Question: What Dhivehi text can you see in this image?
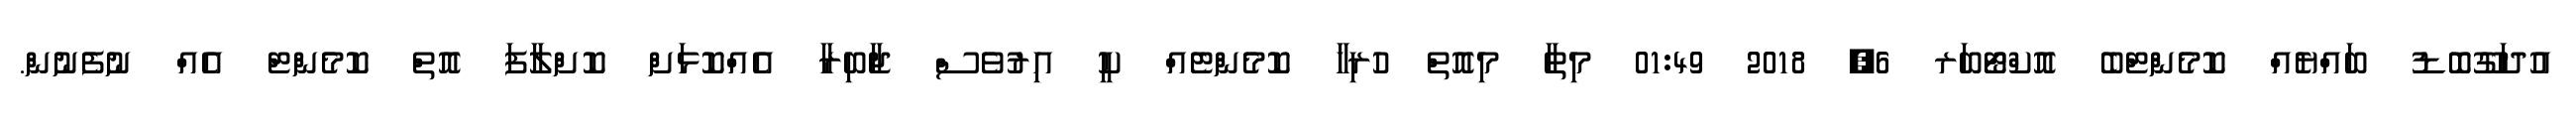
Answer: އުދަގޫބޮޑު ބައްޔެއް ކޮމެންޓްބެ އޮކްޓޯބަރ 6, 2018 01:49 މިތާ މިއޮތް ހުރިހާ ކޮމެންޓެއް ކީ އިރުވެސް ޖާބިރާ އެއްކޮޅަށް ކޮށްލާފަ އޮތް ކޮމެންޓް އެއް ނުފެނުން.